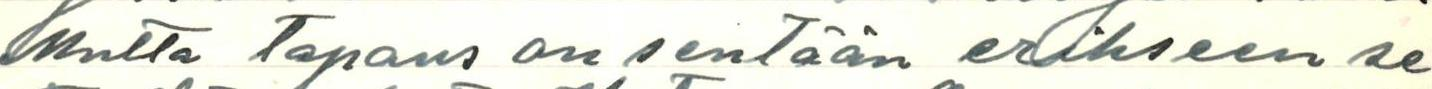
Mutta tapaus on sentään erikseen se